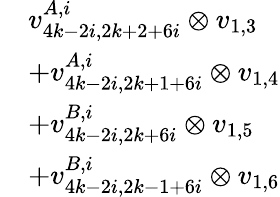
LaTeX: \begin{array}{rl}&{v_{4k-2i,2k+2+6i}^{A,i}\otimes v_{1,3}}\\ &{+v_{4k-2i,2k+1+6i}^{A,i}\otimes v_{1,4}}\\ &{+v_{4k-2i,2k+6i}^{B,i}\otimes v_{1,5}}\\ &{+v_{4k-2i,2k-1+6i}^{B,i}\otimes v_{1,6}}\end{array}